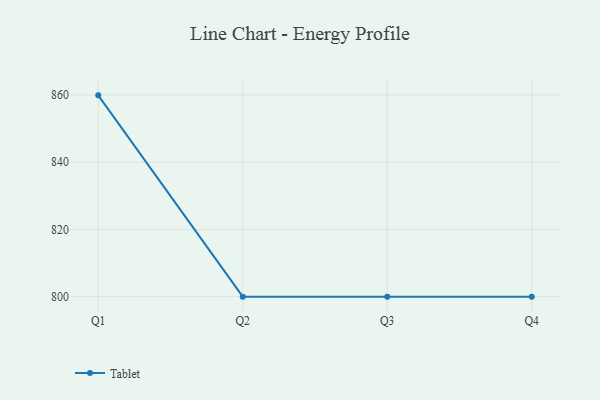
{"axis": {"x": "Quarter", "y": "Population (Million)"}, "legend": ["Tablet"], "data": [{"x": "Q1", "y": 859.9, "type": "Tablet"}, {"x": "Q2", "y": 800, "type": "Tablet"}, {"x": "Q3", "y": 800, "type": "Tablet"}, {"x": "Q4", "y": 800, "type": "Tablet"}]}